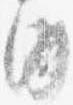
内